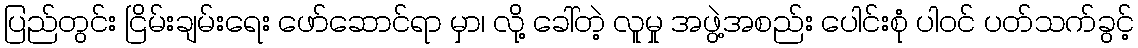
ပြည်တွင်း ငြိမ်းချမ်းရေး ဖော်ဆောင်ရာ မှာ၊ လို့ ခေါ်တဲ့ လူမှု အဖွဲ့အစည်း ပေါင်းစုံ ပါဝင် ပတ်သက်ခွင့်